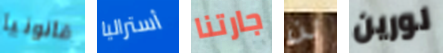
قانونيا أستراليا جارتنا لن لورين